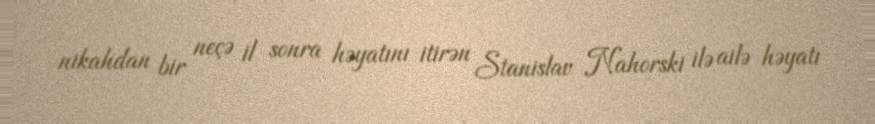
nikahdan bir neçə il sonra həyatını itirən Stanislav Nahorski ilə ailə həyatı